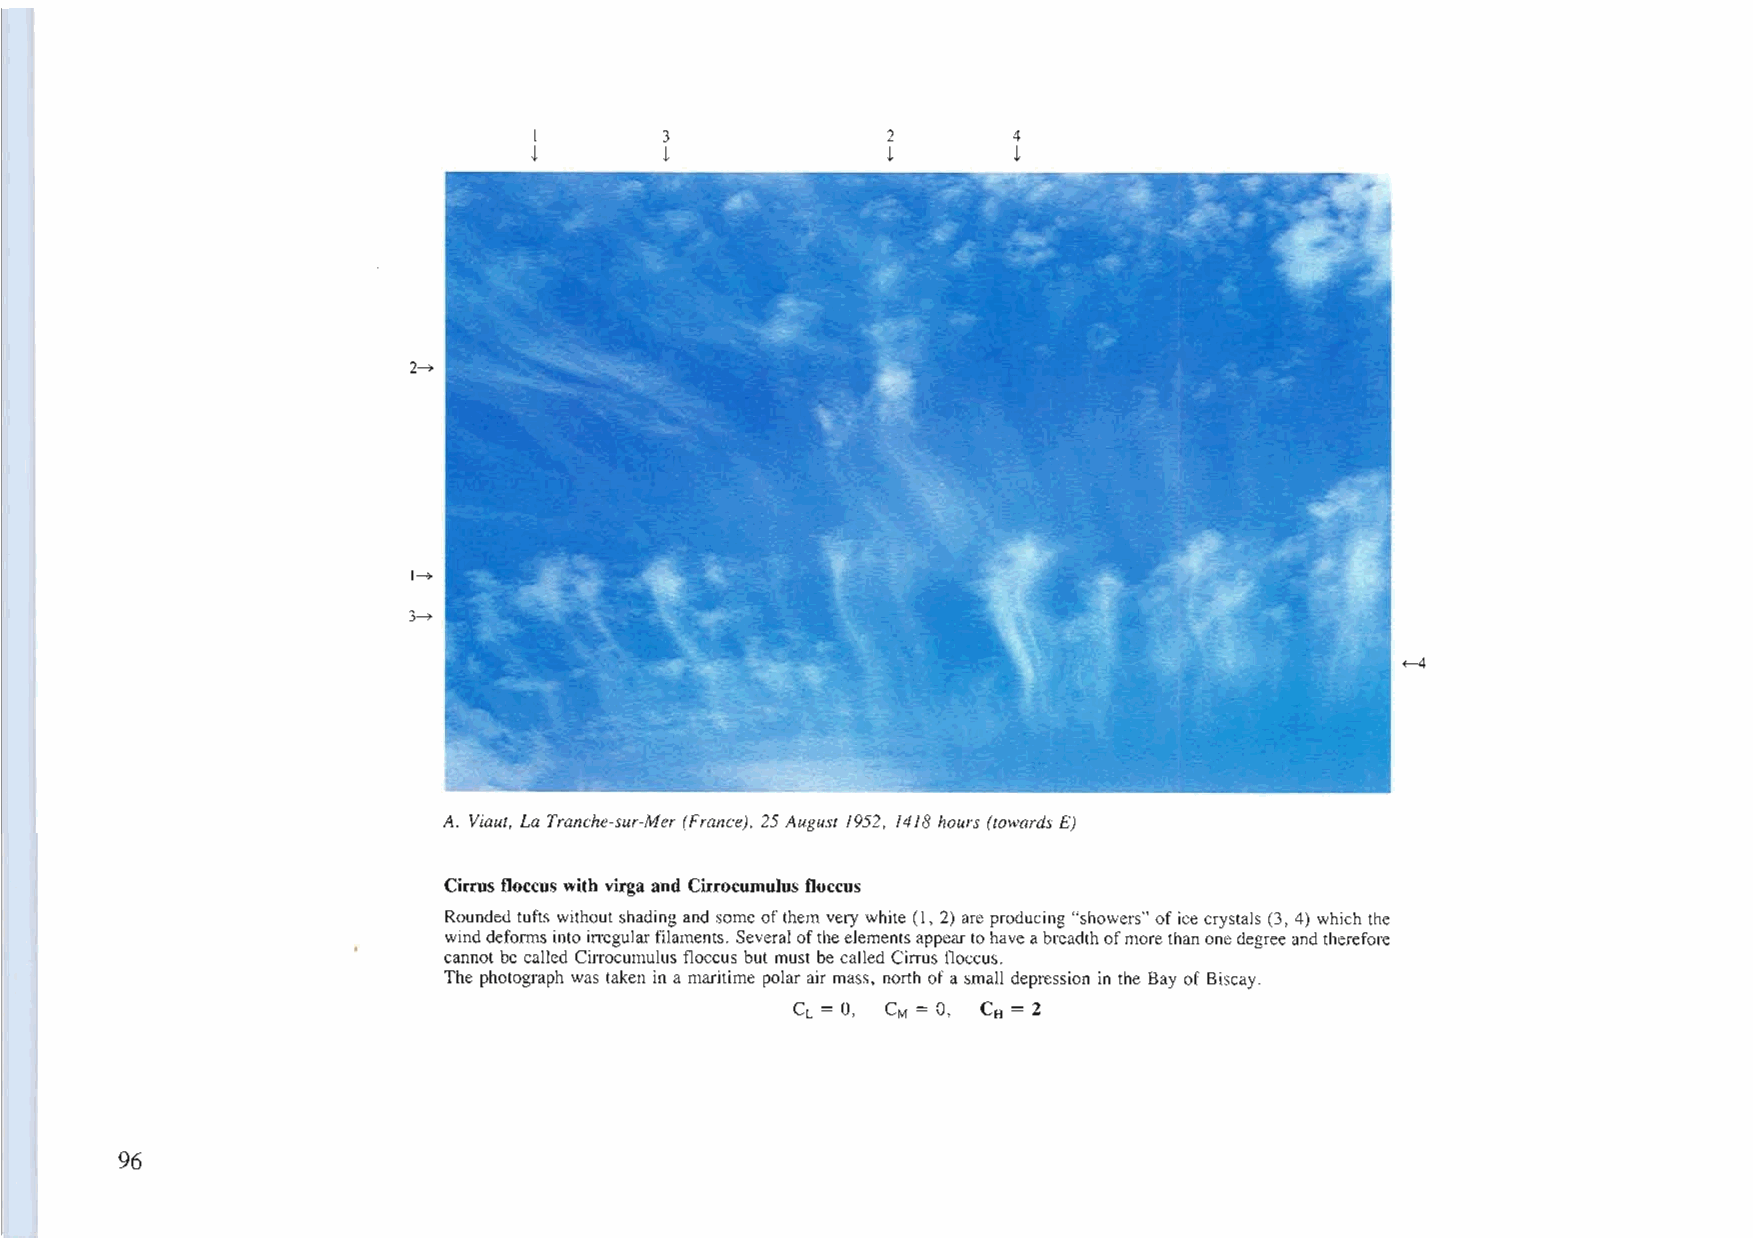
I        3              2       4
 t        t              t       t
 2~
 l~
 3~
 ~
 A. Viaut, La Tranche-sur-Mer (France), 25 August 1952, 1418 hours (towards E)
 Cirrus floccus with virga and Cirrocumulus floccus
 Rounded tufts without shading and some ofthem very white (1, 2) are producing "showers" oficecrystals (3, 4) which the
 winddeforms intoirregularfilaments. Several oftheelementsappearto haveabreadthofmore thanonedegreeand therefore
 cannot be called Cirrocumulus floccus but must be called Cirrus floccus.
 The photograph was taken in a maritime polarair mass, north ofa small depression in the Bay of Biscay.
 CL = 0, CM = 0, CH = 2
 96